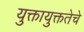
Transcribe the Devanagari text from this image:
युक्तायुक्ततेचे